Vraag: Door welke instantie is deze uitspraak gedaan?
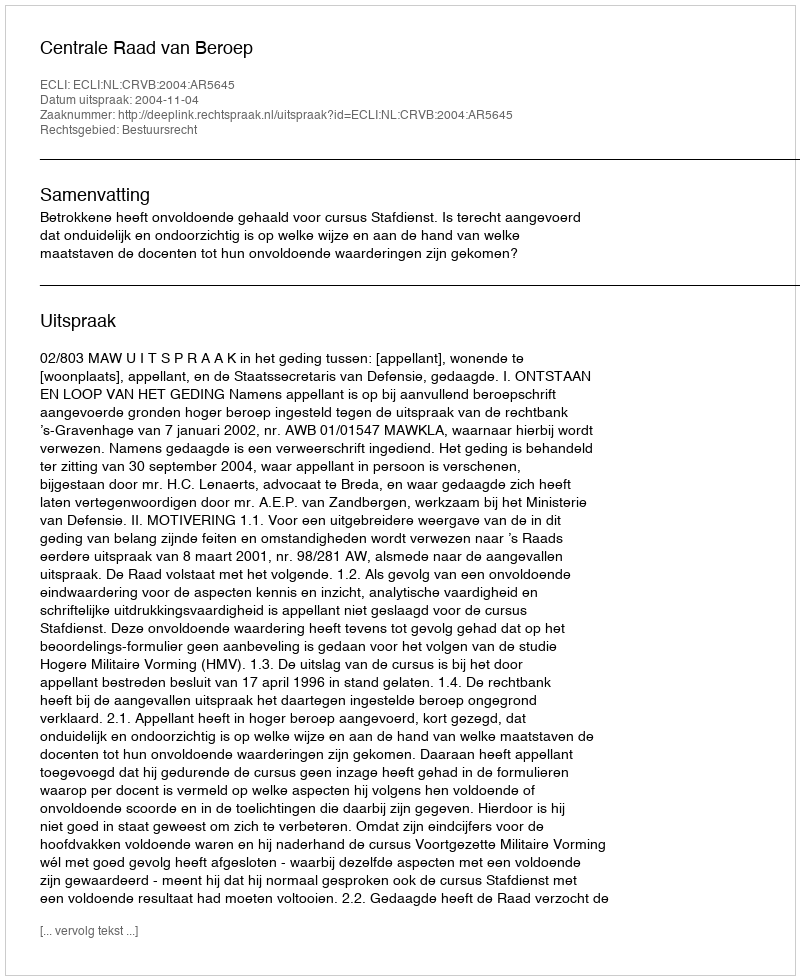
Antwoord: Centrale Raad van Beroep